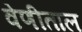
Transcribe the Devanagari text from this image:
वेणीताल